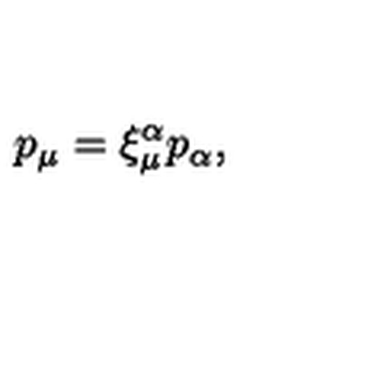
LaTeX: p _ { \mu } = \xi _ { \mu } ^ { \alpha } p _ { \alpha } ,